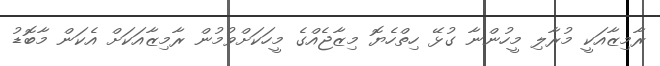
ރާމިޒާއަކީ މުރާލި މީހުންނާ ގުޅޭ ހިތްހެޔޮ މިޒާޖެއްގެ މީހަކަށްވުމުން ރާމިޒާއަކަށް އެކަން މާބޮޑު